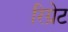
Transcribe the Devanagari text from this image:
रिग्रेट